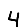
Digit: 4